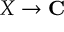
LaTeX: X \to \mathbf { C }